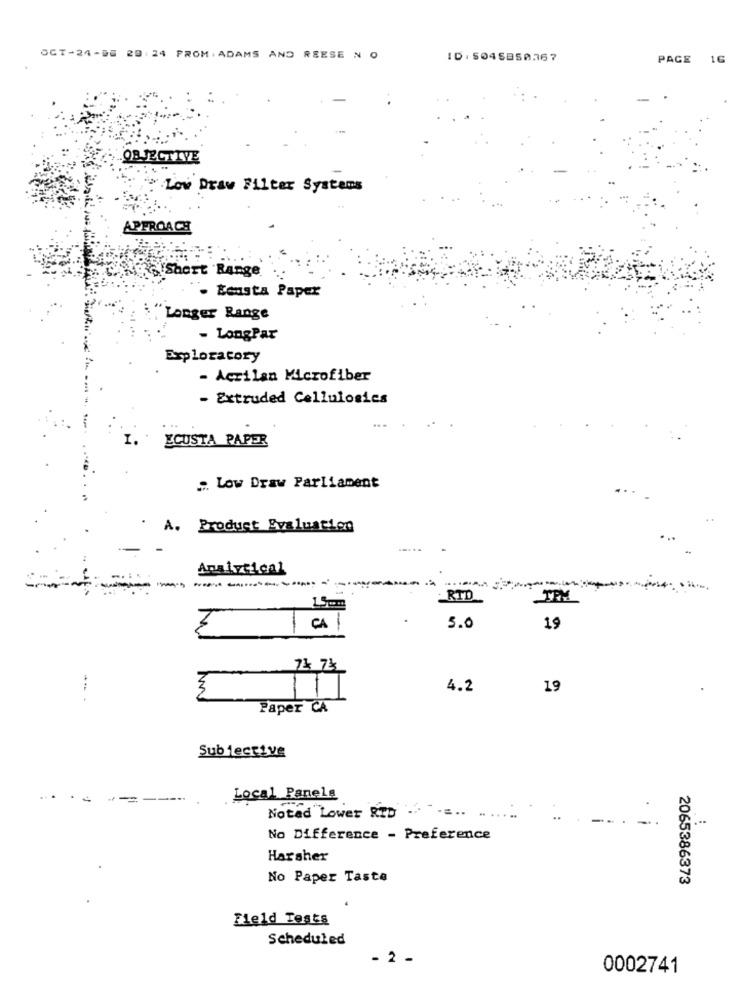
OCT-24-66 20 24 PROM. ADAMS AND REESE N O
ID. 5045850367
PAGE 16
OBJECTIVE
Low Draw Filter Systems
APPROACH
ge Short Range
. Ecusta Paper
Longer Range
- LongPar
Exploratory
- Acrilan Microfiber
- Extruded Cellulosies
I. .
ECUSTA PAPER
Low Draw Parliament
. A. Product Evaluation
Analytical
RTD
TRM
15com
CA |
5.0
19
3
11
4.2
19
--- -
Paper CA
Subjective
Local Panels
Notad Lower RTD
...
No Difference - Preference
Harsher
No Paper Taste
2065386373
Field Tests
Scheduled
- 2 -
0002741